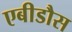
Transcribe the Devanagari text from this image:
एबीडौस